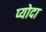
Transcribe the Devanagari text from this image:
प्योदा